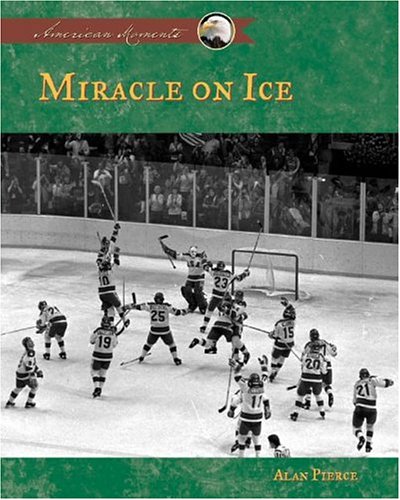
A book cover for Miracle on Ice (American Moments); Alan Pierce; Children's Books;